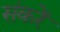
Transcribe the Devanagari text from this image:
संकरें